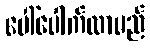
ပေါ်ပေါက်လာမည်